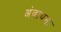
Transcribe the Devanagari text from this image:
अंवायना